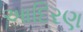
આદિરણ